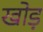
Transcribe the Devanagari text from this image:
खोड़